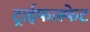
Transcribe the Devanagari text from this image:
ट्राईफास्फेट